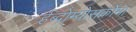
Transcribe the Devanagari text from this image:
र्हब्दोम्योसर्कोमा